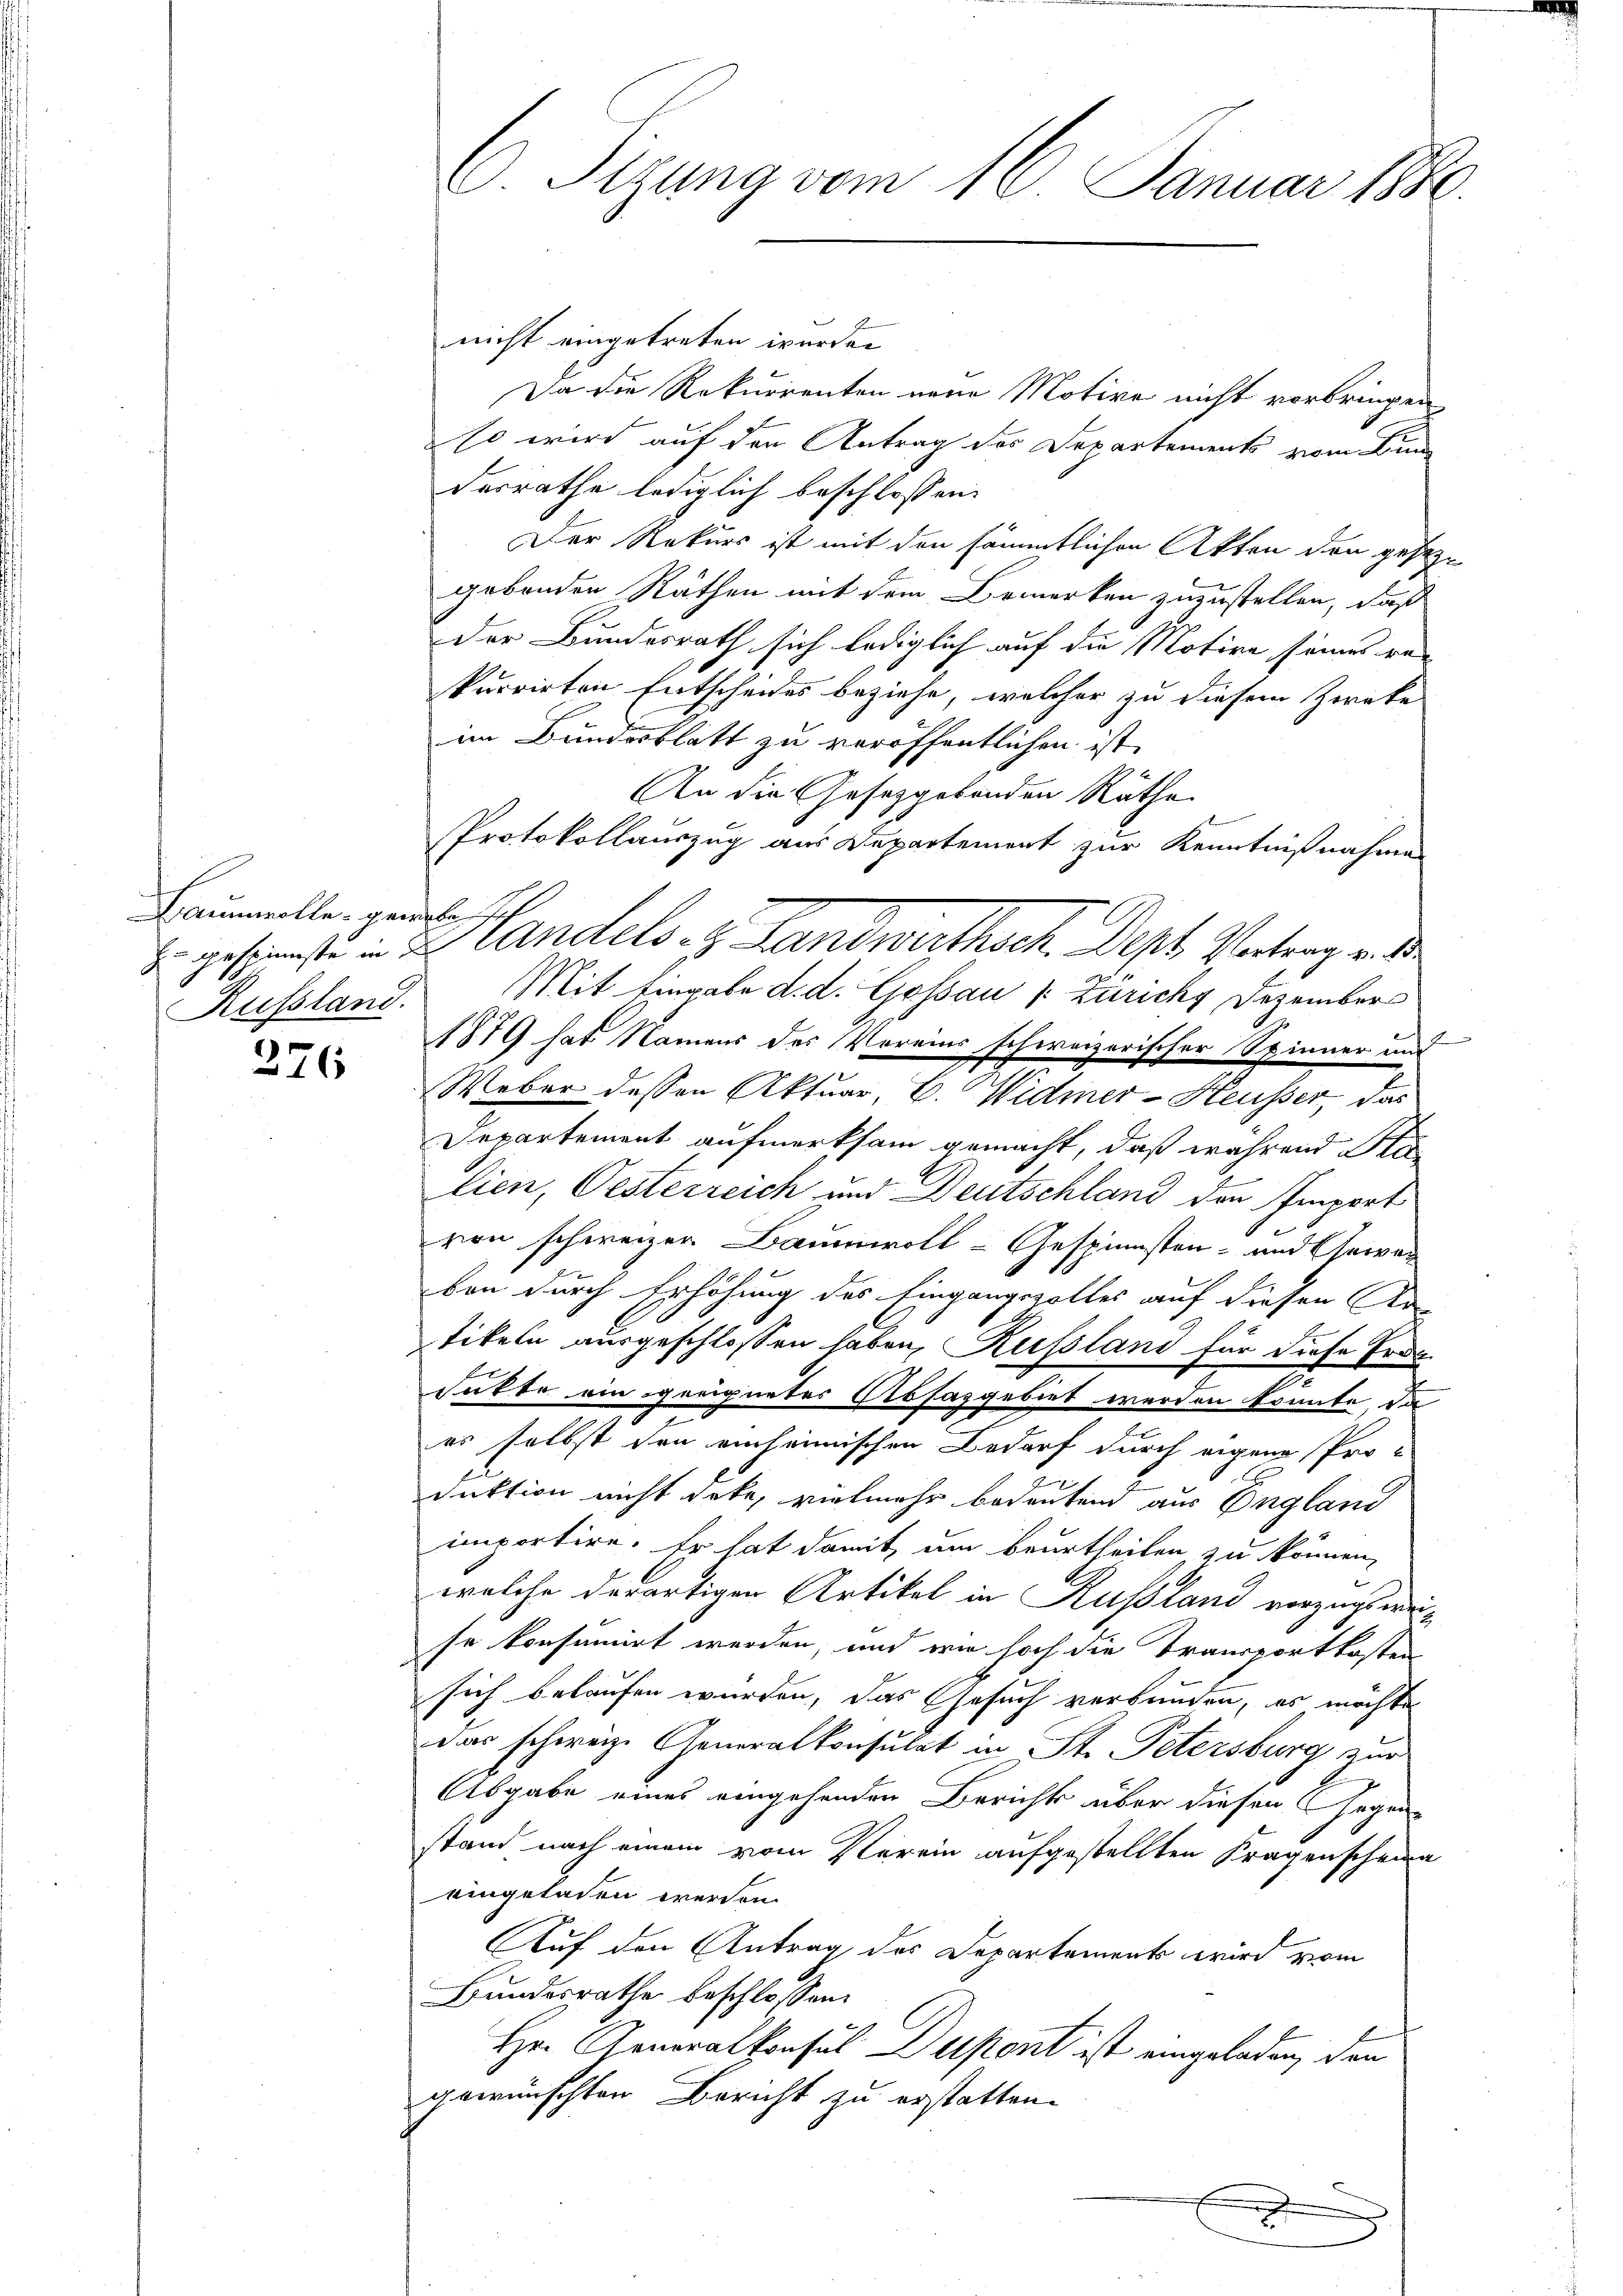
Baumwolle gewebe sich
Russland.

276

C. Sizung vom 16. Januar 1880.

nicht eingetreten wurden
Da die Rekurrenten neue Motive nicht vorbringen
so wird auf den Antrag des Departements vom Be
desrathe lediglich beschlossen:
Der Rekurs ist mit den sämmtlichen Akten den geseze
gebenden Rathen mit dem Bemerken zuzustellen, daß
der Bundesrath sich lediglich auf die Motive seines re-
kurrirten Entscheides beziehe, welcher zu diesem Zwecke
im Bundesblatt zu veröffentlichen ist.
An die Gesetzgebenden Räthe
d
Protokollauszug aus Departement zur Kenntnißnahme
z. gespenste in 2 Landels- & Landwirthsch. Dept. Vertrag v.
Mit Eingabe d. d. Gossau v. Züricht Dezember
1879 hat Namens des Voreins schweizerischer Spinner und
Weber dessen Aktuar, C. Widmer-Heusser, das
Departement aufmerksam gemacht, daß während Ste
lien, Oesterreich und Deutschland den Emport
von schweizer Baumwoll-Gespinnsten- und Gewer
ben durch Erhöhung des Eingangsvolles auf diesen Ko-
tikeln ausgeschlossen haben, Russland für diese Erde
sakte ein geeignetes Absazgebiet werden könnte, da
es selbst den einheimischen Bedarf durch eigene Pro-
duktion nicht dote, vielmehr bedeuten aus England
importire. Er hat damit, um beurtheilen zu können,
welche derartigen Artikel in Russland vorzeigt werse konsumirt werden, und wie hoch die Transportkosten
sich belaufen wurden, das Gesuch verbunden, es möchte
das schweize Generalkonsulat in St. Petersburg zur
Abgabe eines eingehenden Berichts über diesen Gegenstand nach einem vom Verein aufgestellten Fragenscheine
eingeladen werden.
Auf den Antrag des Departements wird vom
Bundesrathe beschlossen:
Hr. Generalkonsul Dustont ist eingeladen, den
gewünschten Bericht zu erstatten.

x